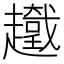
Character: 𧾞